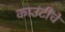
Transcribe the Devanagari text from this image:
काउंटींचे